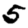
Digit: 5